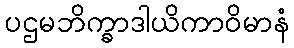
ပဌမဘိက္ခာဒါယိကာဝိမာနံ